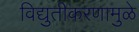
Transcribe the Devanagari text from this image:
विद्युतीकरणामुळे